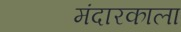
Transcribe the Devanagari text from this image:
मंदारकाला